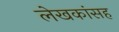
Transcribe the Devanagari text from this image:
लेखकांसह